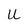
Character: U